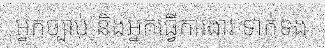
អ្នកច្បាប់ និងអ្នកធ្វើការងារ ទាក់ទង